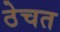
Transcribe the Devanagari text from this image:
ठेचत